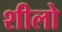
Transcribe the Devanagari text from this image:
शीलो